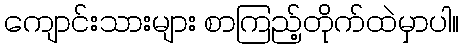
ကျောင်းသားများ စာကြည့်တိုက်ထဲမှာပါ။